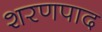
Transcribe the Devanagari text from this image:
शरणपाद